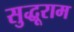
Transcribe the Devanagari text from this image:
सुद्धूराम